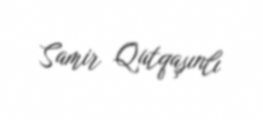
Samir Qutqaşınlı